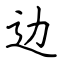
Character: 边